Indian journal of veterinary science and animal husbandry - Volume 4,
Year: 1934
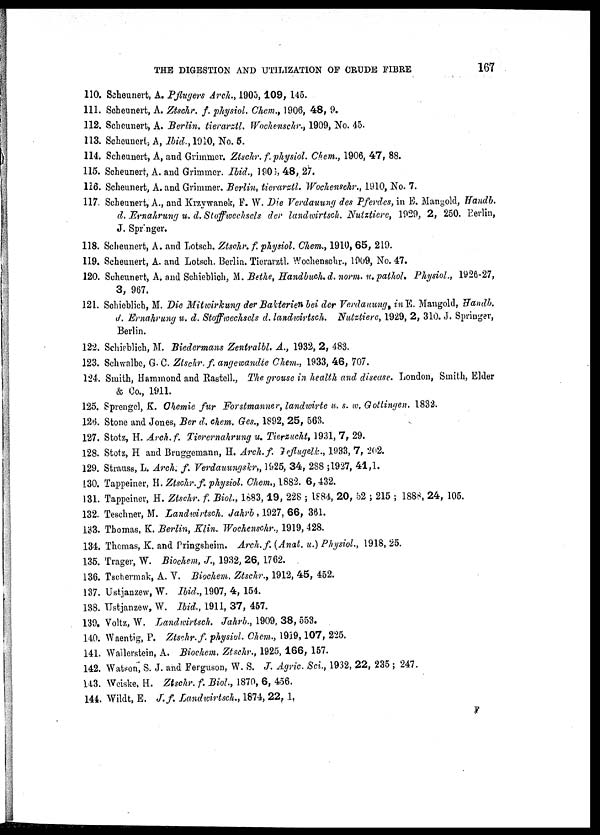
THE DIGESTION AND UTILIZATION OF CRUDE FIBRE
167
110. Scheunert, A. Pflugers Arch., 1905, 109, 145.
111. Scheunert, A. Ztschr. f. physiol. Chem., 1906, 48, 9.
112. Scheunert, A. Berlin. tierarztl. Wochenschr., 1909, No. 45.
113. Scheunert, A, Ibid., 1910, No. 5.
114. Scheunert, A, and Grimmer. Ztschr. f. physiol. Chem., 1906, 47, 88.
115. Scheunert, A. and Grimmer. Ibid., 1906, 48, 27.
116. Scheunert, A. and Grimmer. Berlin, tierarztl. Wochenschr., 1910, No. 7.
117. Scheunert, A., and Krzywanek, F. W. Die Verdauung des Pferdes, in E. Mangold, Handb.
d. Ernahrung u. d. Stoffwechsels der landwirtsch. Nutztiere, 1929, 2, 250. Perlin,
J. Springer.
118. Scheunert, A. and Lotsch. Ztschr. f. physiol. Chem., 1910, 65, 219.
119. Scheunert, A. and Lotsch. Berlin. Tierarztl. Wochenschr., 1909, No. 47.
120. Scheunert, A. and Schieblich, M. Bethe, Handbuch. d. norm. u. pathol. Physiol., 1926-27,
3, 967.
121. Schieblich, M. Die Mitwirkung der Bakterien bei der Verdauung, in E. Mangold, Handb.
d. Ernahrung u. d. Stoffwechsels d. landwirtsch. Nutztiere, 1929, 2, 310. J. Springer,
Berlin.
122. Schieblich, M. Biedermans Zentralbl. A., 1932, 2, 483.
123. Schwalbe, G. C. Ztschr. f. angewandte Chem., 1933, 46, 707.
124. Smith, Hammond and Rastell., The grouse in health and disease. London, Smith, Elder
& Co., 1911.
125. Sprengel, K. Chemie fur Forstmanner, landwirte u. s. w. Gottingen. 1832.
126. Stone and Jones, Ber d. chem. Ges., 1892, 25, 563.
127. Stotz, H. Arch.f. Tierernahrung u. Tierzucht, 1931, 7, 29.
128. Stotz, H and Bruggemann, H. Arch.f. Geflugelk., 1933, 7, 202.
129. Strauss, L. Arch. f. Verdauungskr„ 1925, 34, 288 ;1927, 41,1.
130. Tappeiner, H. Ztschr. f. physiol. Chem., 1882. 6, 432.
131. Tappeiner, H. Ztschr. f. Biol., 1683, 19, 228 ; 1884, 20, 52 ; 215 ; 1888, 24, 105.
132. Teschner, M. Landwirtsch. Jahrb , 1927, 66, 361.
133. Thomas, K. Berlin, Klin. Wochenschr., 1919, 428.
134. Thomas, K. and Pringsheim. Arch. f. (Anat. u.) Physiol., 1918, 25.
135. Trager, W. Biochem, J., 1932, 26, 1762.
136. Tschermak, A. V. Biochem, Ztschr., 1912, 45, 452.
137. Ustjanzew, W. Ibid., 1907, 4, 154.
138. Ustjanzew, W. Ibid., 1911, 37, 457.
139. Voltz, W. Landwirtsch. Jahrb., 1909, 38, 553.
140. Waentig, P. Ztschr. f. physiol. Chem., 1919, 107, 225.
141. Wallerstein, A. Biochem. Ztschr., 1925, 166, 157.
142. Watson, S. J. and Ferguson, W. S. J. Agric. Sci., 1932, 22, 235 ; 247.
143. Weiske, H. Ztschr. f. Biol., 1870, 6, 456.
144. Wildt, E. J. f. Landwirtsch., 1874, 22, 1,
F